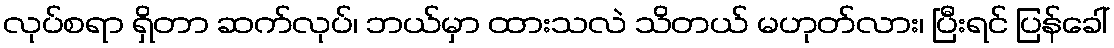
လုပ်စရာ ရှိတာ ဆက်လုပ်၊ ဘယ်မှာ ထားသလဲ သိတယ် မဟုတ်လား၊ ပြီးရင် ပြန်ခေါ်